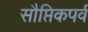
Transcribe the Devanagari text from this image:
सौप्तिकपर्व